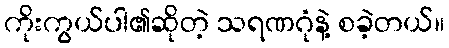
ကိုးကွယ်ပါ၏ဆိုတဲ့ သရဏဂုံနဲ့ စခဲ့တယ်။